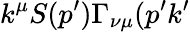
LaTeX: k^{\mu}S(p^{\prime})\Gamma_{\nu\mu}(p^{\prime}k^{\prime}